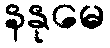
နနုမေ